Insane asylums Bombay 1873-77 - 1873-1877
Year: 1873
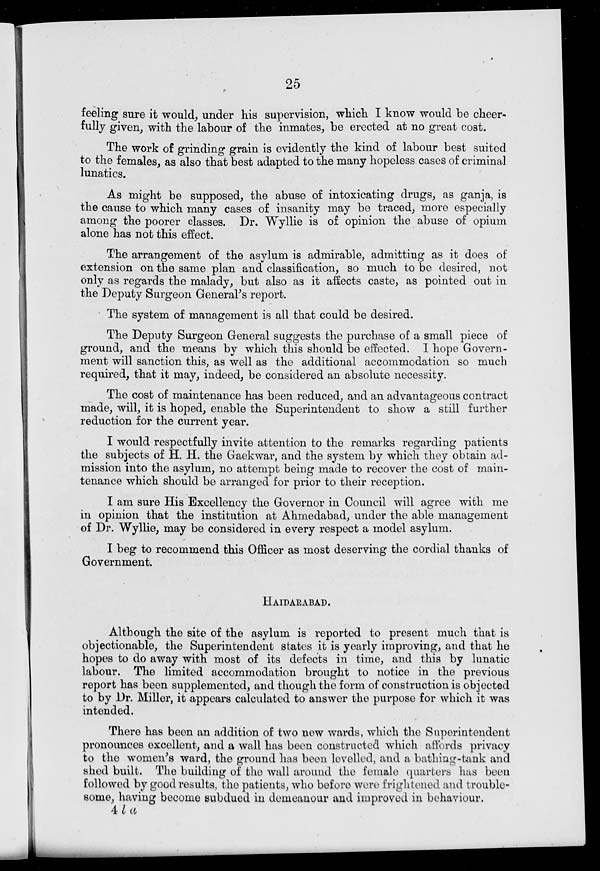
25
feeling sure it would, under his supervision, which I know would be cheer-
fully given, with the labour of the inmates, be erected at no great cost.
The work of grinding grain is evidently the kind of labour best suited
to the females, as also that best adapted to the many hopeless cases of criminal
lunatics.
As might be supposed, the abuse of intoxicating drugs, as ganja, is
the cause to which many cases of insanity may be traced, more especially
among the poorer classes. Dr. Wyllie is of opinion the abuse of opium
alone has not this effect.
The arrangement of the asylum is admirable, admitting as it does of
extension on the same plan and classification, so much to be desired, not
only as regards the malady, but also as it affects caste, as pointed out in
the Deputy Surgeon General's report.
The system of management is all that could be desired.
The Deputy Surgeon General suggests the purchase of a small piece of
ground, and the means by which this should be effected. I hope Govern-
ment will sanction this, as well as the additional accommodation so much
required, that it may, indeed, be considered an absolute necessity.
The cost of maintenance has been reduced, and an advantageous contract
made, will, it is hoped, enable the Superintendent to show a still further
reduction for the current year.
I would respectfully invite attention to the remarks regarding patients
the subjects of H. H. the Gaekwar, and the system by which they obtain ad-
mission into the asylum, no attempt being made to recover the cost of main-
tenance which should be arranged for prior to their reception.
I am sure His Excellency the Governor in Council will agree with me
in opinion that the institution at Ahmedabad, under the able management
of Dr. Wyllie, may be considered in every respect a model asylum.
I beg to recommend this Officer as most deserving the cordial thanks of
Government.
HAIDARABAD.
Although the site of the asylum is reported to present much that is
objectionable, the Superintendent states it is yearly improving, and that he
hopes to do away with most of its defects in time, and this by lunatic
labour. The limited accommodation brought to notice in the previous
report has been supplemented, and though the form of construction is objected
to by Dr. Miller, it appears calculated to answer the purpose for which it was
intended.
There has been an addition of two new wards, which the Superintendent
pronounces excellent, and a wall has been constructed which affords privacy
to the women's ward, the ground has been levelled, and a bathing-tank and
shed built. The building of the wall around the female quarters has been
followed by good results, the patients, who before were frightened and trouble-
some, having become subdued in demeanour and improved in behaviour.
4 l a